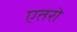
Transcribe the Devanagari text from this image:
एतरो